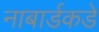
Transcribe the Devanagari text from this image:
नाबार्डकडे